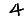
Digit: 4